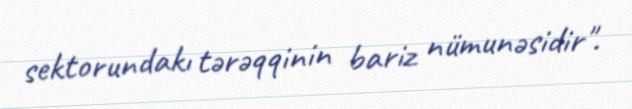
sektorundakı tərəqqinin bariz nümunəsidir".